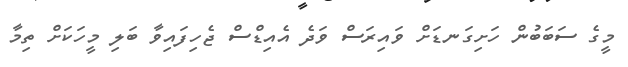
މީގެ ސަބަބުން ހަށިގަނޑަށް ވައިރަސް ވަދެ އެއިޑްސް ޖެހިފައިވާ ބަލި މީހަކަށް ތިމާ